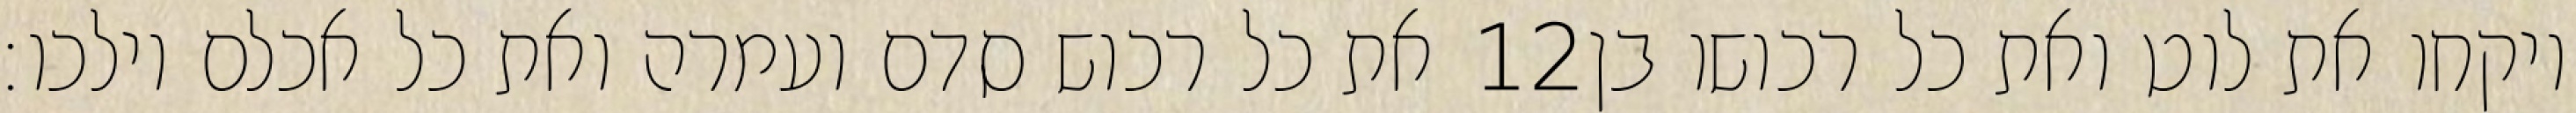
את כל רכוש סדם ועמרה ואת כל אכלם וילכו׃ ‎12‏ ויקחו את לוט ואת כל רכושו בן